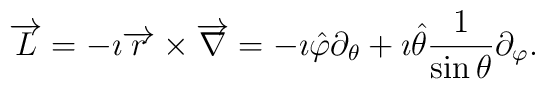
\overrightarrow{L}=-\imath \overrightarrow{r}\times  \overrightarrow{\nabla} =- \imath \hat{\varphi}\partial_\theta +  \imath\hat{\theta}\frac{1}{\sin{\theta}}\partial_\varphi.